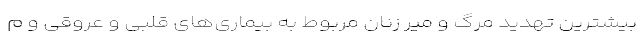
بیشترین تهدید مرگ و میر زنان مربوط به بیماری‌های قلبی و عروقی و م